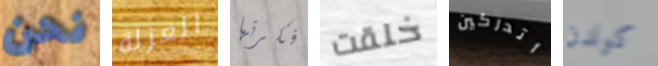
نحن العزلة فكرتها خلقت أتدركين كولدن